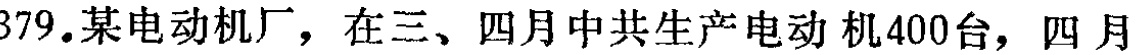
379.某电动机厂，在三、四月中共生产电动 机400台，四月